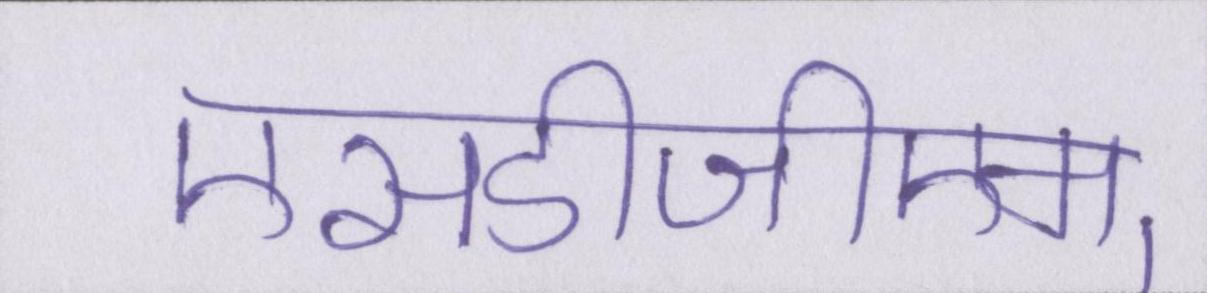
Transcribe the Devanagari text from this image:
एसडीजीएम्